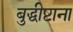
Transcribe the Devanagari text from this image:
बुद्धीष्टाना